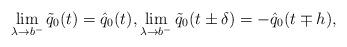
LaTeX: \begin{align*}\lim_{\lambda \to b^-} \tilde{q}_0(t) = \hat{q}_0(t),\lim_{\lambda \to b^-} \tilde{q}_0(t \pm \delta) = -\hat{q}_0(t \mp h),\end{align*}